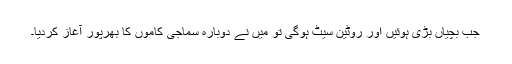
جب بچیاں بڑی ہوئیں اور روٹین سیٹ ہوگی تو میں نے دوبارہ سماجی کاموں کا بھرپور آغاز کردیا۔